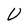
Character: U